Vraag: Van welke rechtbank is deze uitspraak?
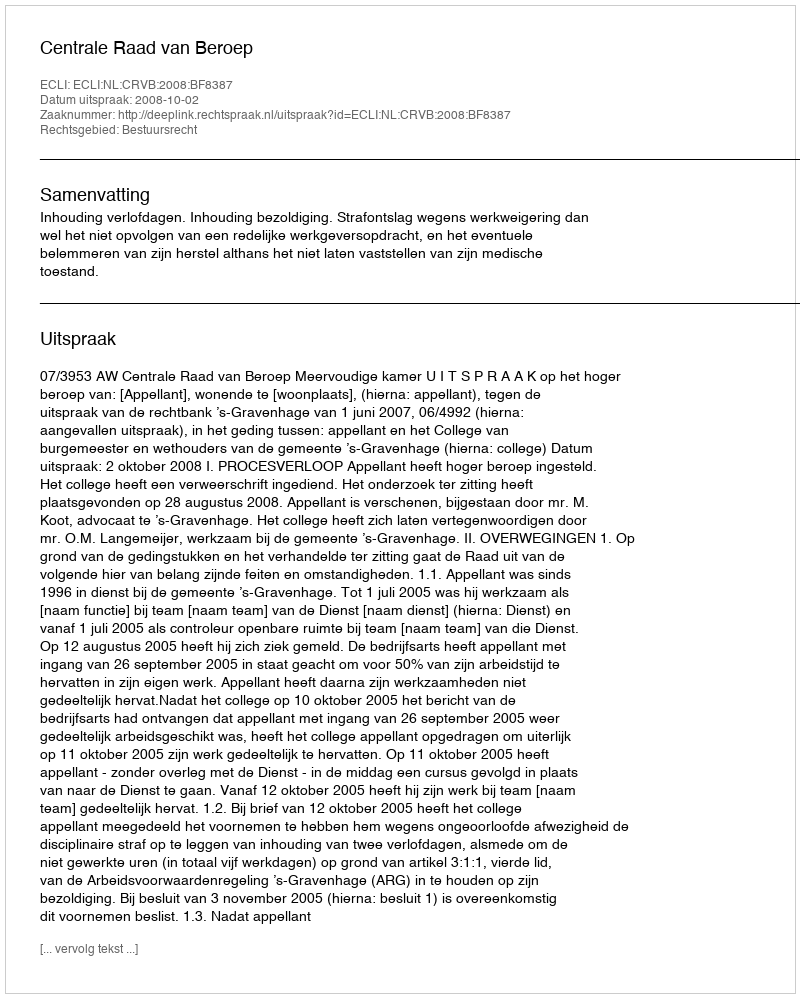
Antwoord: Centrale Raad van Beroep